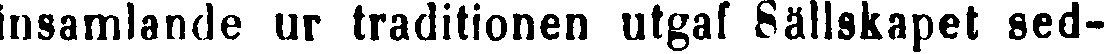
insamlande ur traditionen utgaf Sällskapet sed-